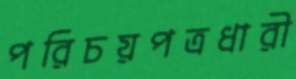
পরিচয়পত্রধারী